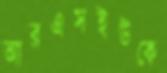
আরএসইউকে